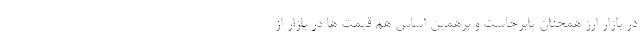
در بازار ارز همچنان پابرجاست و برهمین اساس هم قیمت ها در بازار از